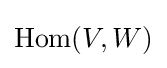
\mathrm {Hom} (V,W)